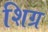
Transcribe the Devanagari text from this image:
शिग्र